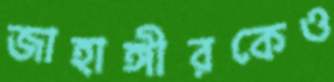
জাহাঙ্গীরকেও